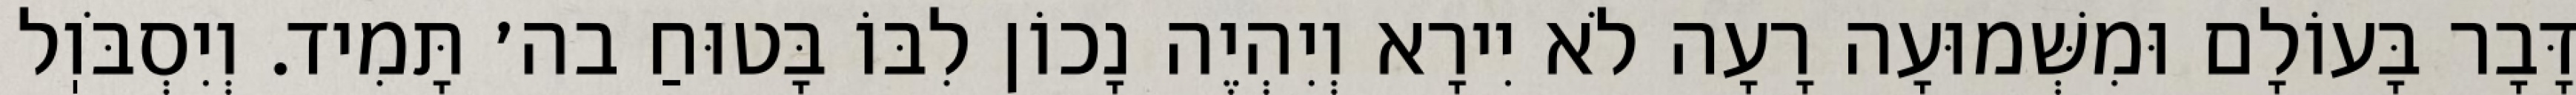
דָּבָר בָּעוֹלָם וּמִשְּׁמוּעָה רָעָה לֹא יִירָא וְיִהְיֶה נָכוֹן לִבּוֹ בָּטוּחַ בה׳ תָּמִיד. וְיִסְבֹּוֽל